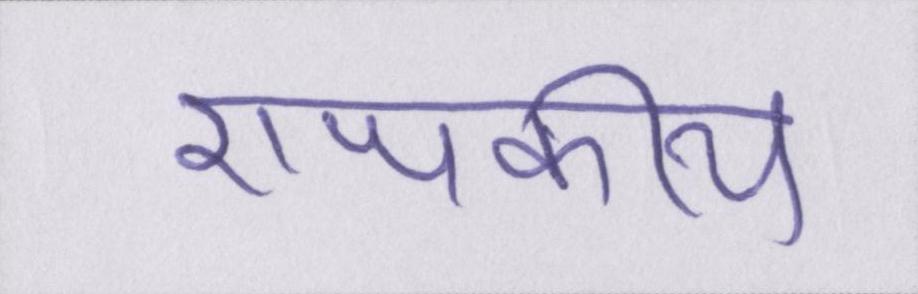
राजकीय